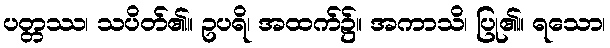
ပတ္တဿ၊ သပိတ်၏။ ဥပရိ၊ အထက်၌။ အကာသိ၊ ပြု၏။ ရသော၊